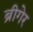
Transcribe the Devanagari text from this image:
ब्रीगेर